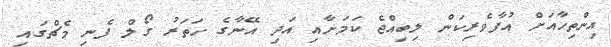
އިންތިހާއަށް އުފާވެރިކަން ލިބިއްޖެ ކަމަށާއި އަދި އޭނާގެ ހަތަރު ގޯލް ފެނި މެޗްގައި